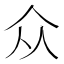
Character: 众